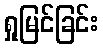
ရှုမြင်ခြင်း